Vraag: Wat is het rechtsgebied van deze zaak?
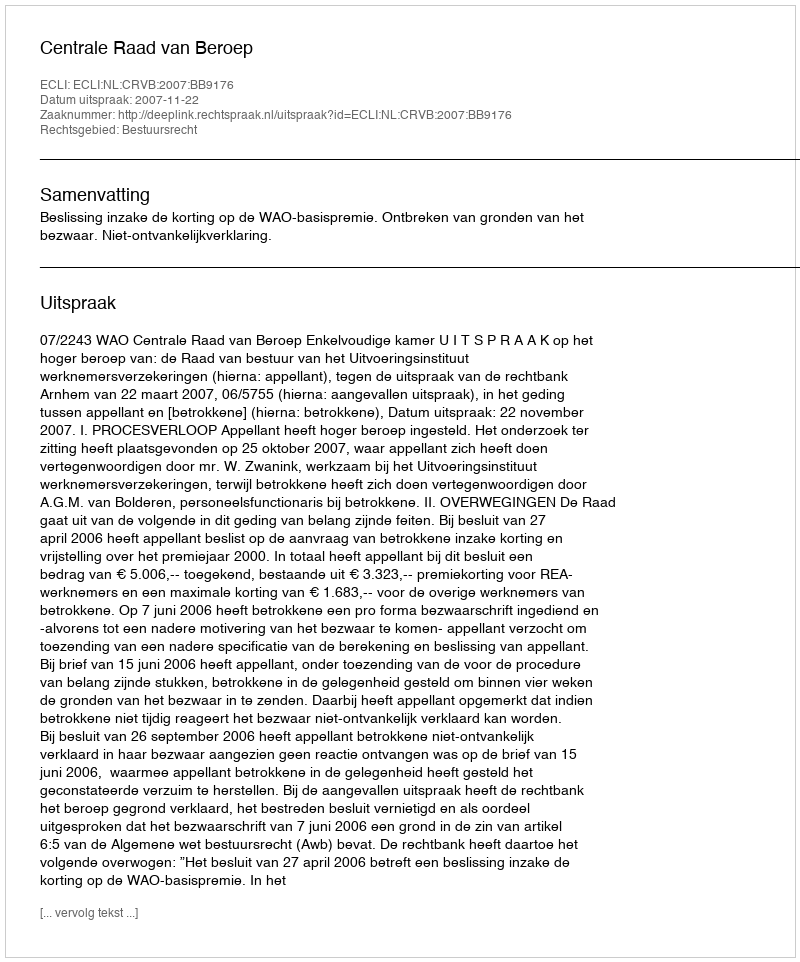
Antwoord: Bestuursrecht